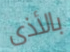
بالأذى